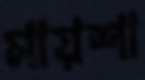
মায়শা